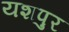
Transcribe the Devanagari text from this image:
यशपुर